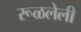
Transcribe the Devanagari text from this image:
रूळलेली